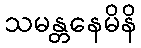
သမန္တနေမိနိ